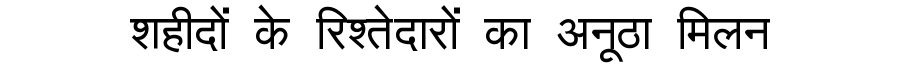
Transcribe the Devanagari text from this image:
शहीदों के रिश्तेदारों का अनूठा मिलन